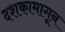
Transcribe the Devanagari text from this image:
दशकामागून